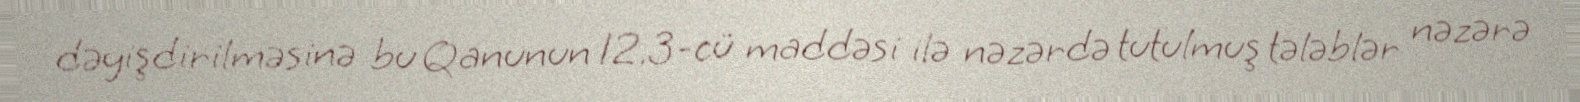
dəyişdirilməsinə bu Qanunun 12.3-cü maddəsi ilə nəzərdə tutulmuş tələblər nəzərə